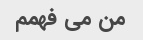
من می فهمم